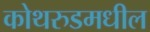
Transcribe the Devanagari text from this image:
कोथरुडमधील